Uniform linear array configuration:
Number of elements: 24
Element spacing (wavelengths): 0.25
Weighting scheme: hann
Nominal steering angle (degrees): -60
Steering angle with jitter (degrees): -58.044
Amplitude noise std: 0.05
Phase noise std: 0.05

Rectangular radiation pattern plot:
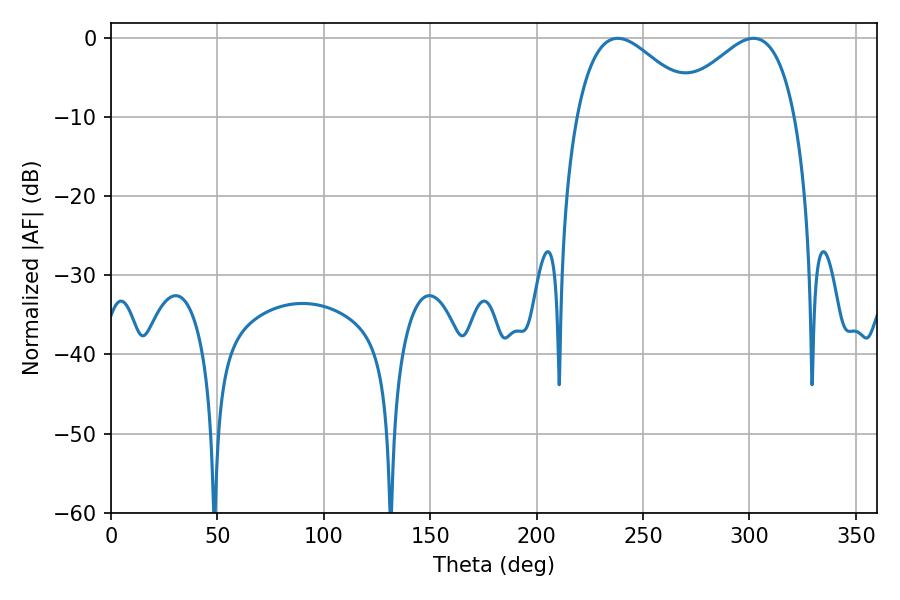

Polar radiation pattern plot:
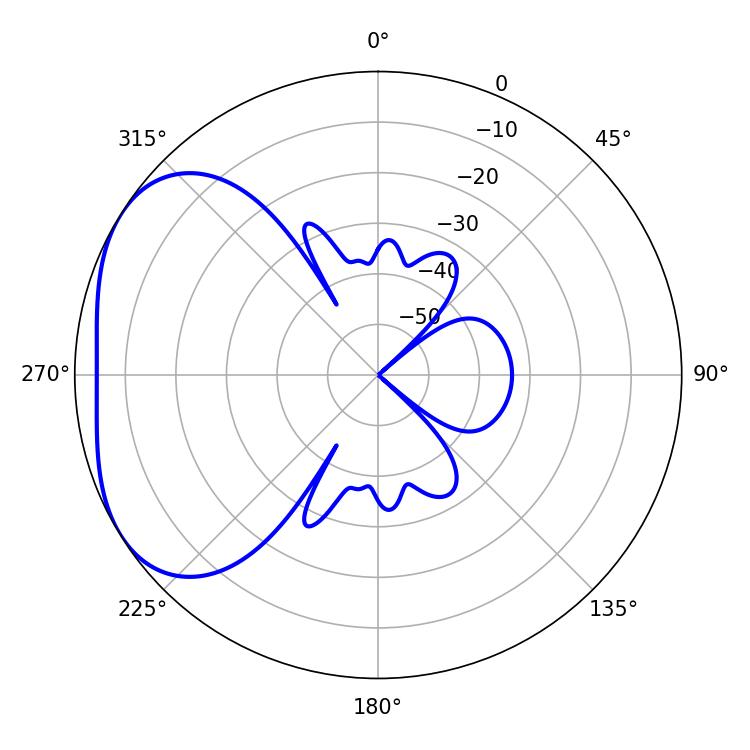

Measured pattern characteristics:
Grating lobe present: FALSE
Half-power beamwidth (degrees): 30.78
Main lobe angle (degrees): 238.14